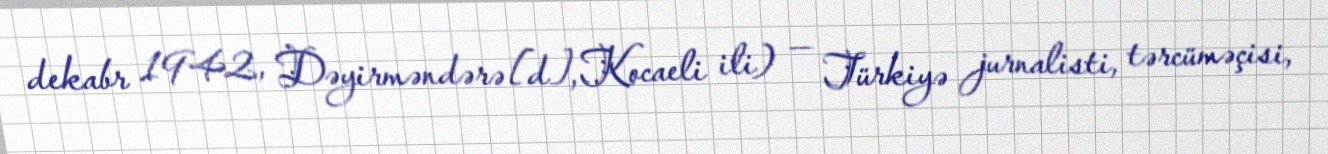
dekabr 1942, Dəyirməndərə[d], Kocaeli ili) — Türkiyə jurnalisti, tərcüməçisi,